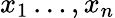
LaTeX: x_{1}\ldots,x_{n}